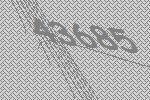
43685